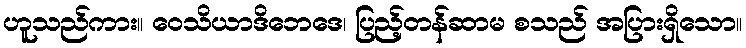
ဟူသည်ကား။ ဝေသိယာဒိဘေဒေ၊ ပြည့်တန်ဆာမ စသည် အပြားရှိသော။